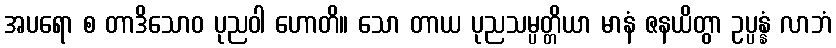
အပရော စ တာဒိသောဝ ပုညဝါ ဟောတိ။ သော တာယ ပုညသမ္ပတ္တိယာ မာနံ ဇနယိတွာ ဥပ္ပန္နံ လာဘံ